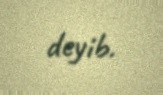
deyib.